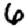
Digit: 6